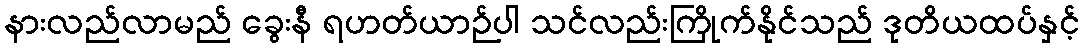
နားလည်လာမည် ခွေးနီ ရဟတ်ယာဉ်ပါ သင်လည်းကြိုက်နိုင်သည် ဒုတိယထပ်နှင့်